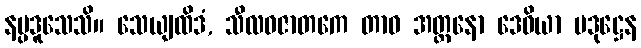
နပ္ပဒူသေသိ။ သေယျထိဒံ, သီလဝဇာတကေ တာဝ အတ္တနော ဒေဝိယာ ပဒုဋ္ဌေန